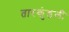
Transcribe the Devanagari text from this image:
तारकुंडली